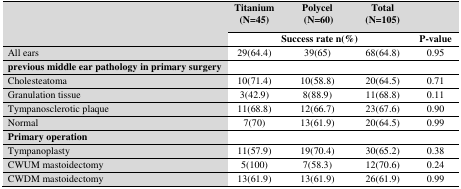
<table><thead><tr><td>[EMPTY_CELL]</td><td><b>Titanium(N=45)</b></td><td><b>Polycel (N=60)</b></td><td><b>Total(N=105)</b></td><td>[EMPTY_CELL]</td></tr><tr><td>[EMPTY_CELL]</td><td colspan="3"><b>Success rate n(%)</b></td><td><b>P-value</b></td></tr></thead><tbody><tr><td>All ears</td><td>29(64.4)</td><td>39(65)</td><td>68(64.8)</td><td>0.95</td></tr><tr><td><b>previous middle ear pathology in primary surgery</b></td><td>[EMPTY_CELL]</td><td>[EMPTY_CELL]</td><td>[EMPTY_CELL]</td><td>[EMPTY_CELL]</td></tr><tr><td>Cholesteatoma</td><td>10(71.4)</td><td>10(58.8)</td><td>20(64.5)</td><td>0.71</td></tr><tr><td>Granulation tissue </td><td>3(42.9)</td><td>8(88.9)</td><td>11(68.8)</td><td>0.11</td></tr><tr><td>Tympanosclerotic plaque </td><td>11(68.8)</td><td>12(66.7)</td><td>23(67.6)</td><td>0.90</td></tr><tr><td>Normal</td><td>7(70)</td><td>13(61.9)</td><td>20(64.5)</td><td>0.99</td></tr><tr><td><b>Primary operation</b></td><td>[EMPTY_CELL]</td><td>[EMPTY_CELL]</td><td>[EMPTY_CELL]</td><td>[EMPTY_CELL]</td></tr><tr><td>Tympanoplasty</td><td>11(57.9)</td><td>19(70.4)</td><td>30(65.2)</td><td>0.38</td></tr><tr><td>CWUM mastoidectomy</td><td>5(100)</td><td>7(58.3)</td><td>12(70.6)</td><td>0.24</td></tr><tr><td>CWDM mastoidectomy</td><td>13(61.9)</td><td>13(61.9)</td><td>26(61.9)</td><td>0.99</td></tr></tbody></table>